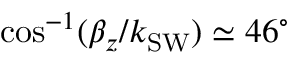
\cos ^ { - 1 } ( \beta _ { z } / k _ { \mathrm { S W } } ) \simeq 4 6 ^ { \circ }